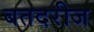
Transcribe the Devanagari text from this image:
बतदरीज